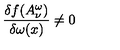
\frac { \delta f ( A _ { \nu } ^ { \omega } ) } { \delta \omega ( x ) } \neq 0